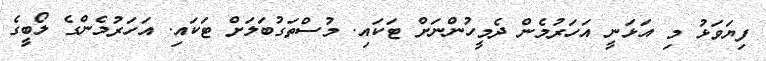
ފިޔަވަޅު މި އަޅަނީ އަހަރުމެން ދެމީހުންނަށް ޓަކައި. މުސްތަގުބަލަށް ޓަކައި. އަހަރުމެންގެ ލޯބީގެ